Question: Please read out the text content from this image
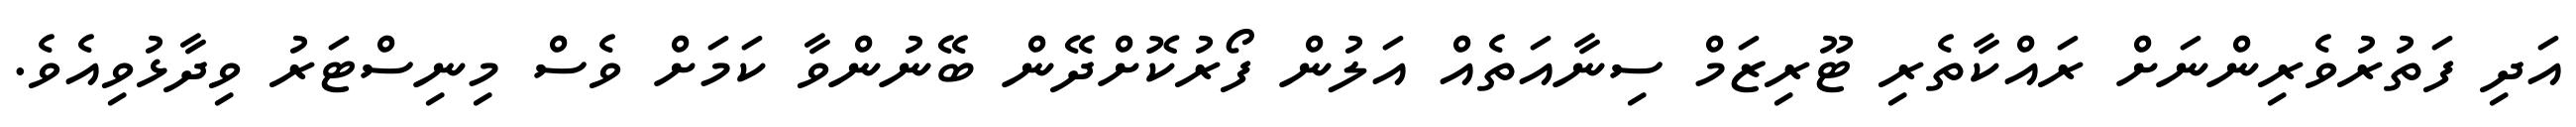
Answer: އަދި ފަތުރުވެރިންނަށް ރައްކާތެރި ޓޫރިޒަމް ސިނާއަތެއް އަލުން ފޯރުކޮށްދޭން ބޭނުންވާ ކަމަށް ވެސް މިނިސްޓަރު ވިދާޅުވިއެވެ.